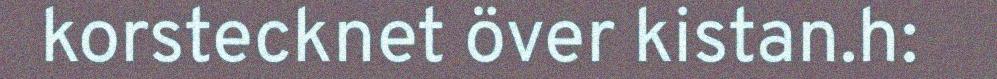
korstecknet över kistan.h: